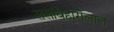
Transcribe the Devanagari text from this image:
रासबिहारीलाल